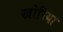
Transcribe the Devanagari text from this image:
खोरिया